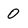
Character: o